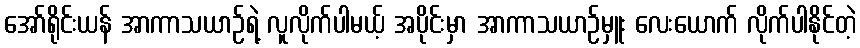
အော်ရိုင်းယန် အာကာသယာဉ်ရဲ့ လူလိုက်ပါမယ့် အပိုင်းမှာ အာကာသယာဉ်မှူး လေးယောက် လိုက်ပါနိုင်တဲ့